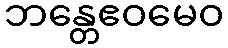
ဘန္တေဧဝမေဝ